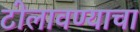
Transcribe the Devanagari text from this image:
टोलावण्याचा